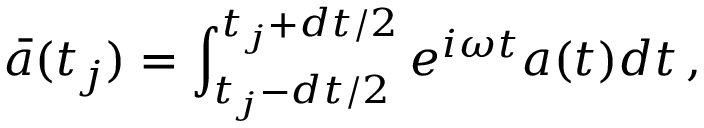
\bar { a } ( t _ { j } ) = \int _ { t _ { j } - d t / 2 } ^ { t _ { j } + d t / 2 } e ^ { i \omega t } a ( t ) d t \, ,